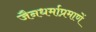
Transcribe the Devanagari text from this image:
जैनधर्माप्रमाणें